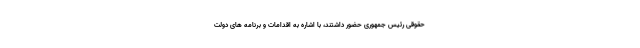
حقوقی رئیس جمهوری حضور داشتند، با اشاره به اقدامات و برنامه های دولت